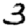
Digit: 3